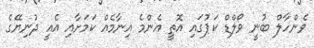
ވެންހާލް ބުނީ ވޯލްޑް ކަޕުގައި އޮތީ އެންމެ އިނާމެއް ކަމަށާއި އެއީ ދުނިޔޭގެ